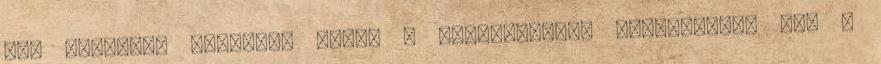
Úgy látszik, komolyan vette - tréfálkozott Ivanisevic, aki a